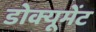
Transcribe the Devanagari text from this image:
डोक्यूमेंट